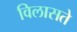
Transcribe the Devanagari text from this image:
विलासते